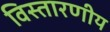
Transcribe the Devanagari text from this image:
विस्तारणीय